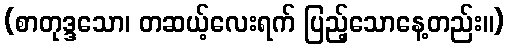
(စာတုဒ္ဒသော၊ တဆယ့်လေးရက် ပြည့်သောနေ့တည်း။)